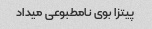
پیتزا بوی نامطبوعی میداد